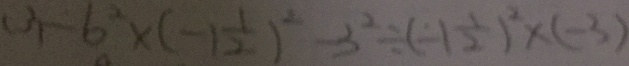
( 3 ) - 6 ^ { 2 } \times ( - 1 \frac { 1 } { 2 } ) ^ { 2 } - 3 ^ { 2 } \div ( - 1 \frac { 1 } { 2 } ) ^ { 2 } \times ( - 3 )